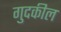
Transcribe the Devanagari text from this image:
गुदकील